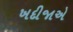
ખદીજાએ